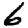
Digit: 6